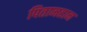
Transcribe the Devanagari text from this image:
पितामहान